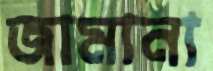
জামানা